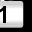
Digit: 1